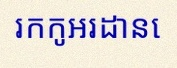
រកកូអរដោនេ